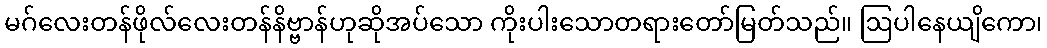
မဂ်လေးတန်ဖိုလ်လေးတန်နိဗ္ဗာန်ဟုဆိုအပ်သော ကိုးပါးသောတရားတော်မြတ်သည်။ ဩပါနေယျိကော၊